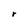
Character: r